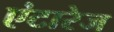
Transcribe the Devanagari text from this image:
एंटारेज